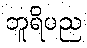
ဘူရိပည